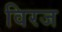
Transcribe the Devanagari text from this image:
विरज